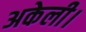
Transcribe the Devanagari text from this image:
अकेली।